Report on vaccination in the Province of Bengal - 1874-1889
Year: 1874
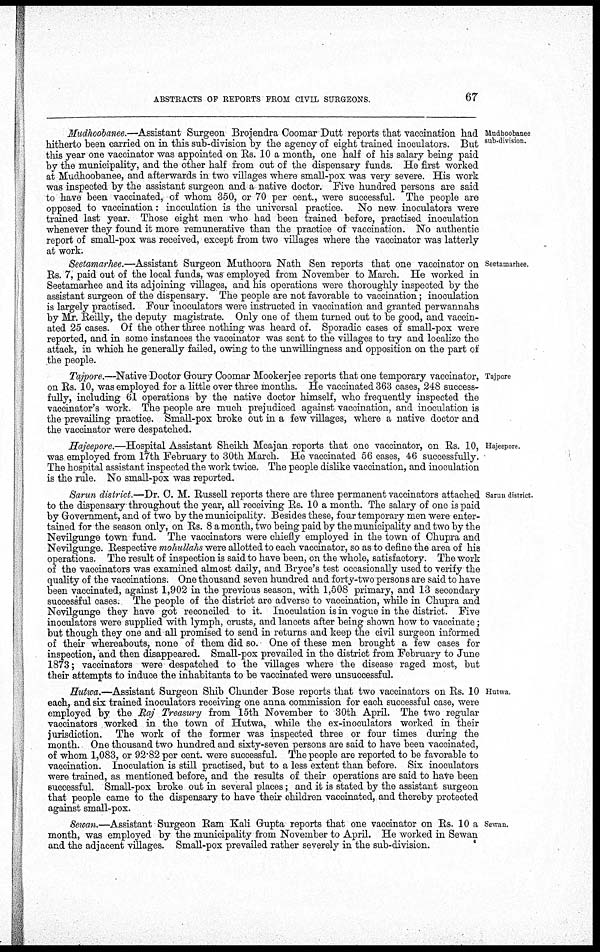
ABSTRACTS OF REPORTS FROM CIVIL SURGEONS.
67
Mudhoobanee
sub-division.
Mudhoobanee.—Assistant Surgeon Brojendra Coomar Dutt reports that vaccination had
hitherto been carried on in this sub-division by the agency of eight trained inoculators. But
this year one vaccinator was appointed on Rs. 10 a month, one half of his salary being paid
by the municipality, and the other half from out of the dispensary funds. He first worked
at Mudhoobanee, and afterwards in two villages where small-pox was very severe. His work
was inspected by the assistant surgeon and a native doctor. Five hundred persons are said
to have been vaccinated, of whom 350, or 70 per cent., were successful. The people are
opposed to vaccination: inoculation is the universal practice. No new inoculators were
trained last year. Those eight men who had been trained before, practised inoculation
whenever they found it more remunerative than the practice of vaccination. No authentic
report of small-pox was received, except from two villages where the vaccinator was latterly
at work.
Seetamarhee.
Seetamarhee.—Assistant Surgeon Muthoora Nath Sen reports that one vaccinator on
Rs. 7, paid out of the local funds, was employed from November to March. He worked in
Seetamarhee and its adjoining villages, and his operations were thoroughly inspected by the
assistant surgeon of the dispensary. The people are not favorable to vaccination; inoculation
is largely practised. Four inoculators were instructed in vaccination and granted perwannahs
by Mr. Reilly, the deputy magistrate. Only one of them turned out to be good, and vaccin-
ated 25 cases. Of the other three nothing was heard of. Sporadic cases of small-pox were
reported, and in some instances the vaccinator was sent to the villages to try and localize the
attack, in which he generally failed, owing to the unwillingness and opposition on the part of
the people.
Tajpore
Tajpore.—Native Doctor Goury Coomar Mookerjee reports that one temporary vaccinator,
on Rs. 10, was employed for a little over three months. He vaccinated 363 cases, 248 success-
fully, including 61 operations by the native doctor himself, who frequently inspected the
vaccinator's work. The people are much prejudiced against vaccination, and inoculation is
the prevailing practice. Small-pox broke out in a few villages, where a native doctor and
the vaccinator were despatched.
Hajeepore.
Hajeepore.—Hospital Assistant Sheikh Meajan reports that one vaccinator, on Rs. 10,
was employed from 17th February to 30th March. He vaccinated 56 cases, 46 successfully.
The hospital assistant inspected the work twice. The people dislike vaccination, and inoculation
is the rule. No small-pox was reported.
Sarun district.
Sarun district.—Dr. C. M. Russell reports there are three permanent vaccinators attached
to the dispensary throughout the year, all receiving Rs. 10 a month. The salary of one is paid
by Government, and of two by the municipality. Besides these, four temporary men were enter-
tained for the season only, on Rs. 8 a month, two being paid by the municipality and two by the
Nevilgunge town fund. The vaccinators were chiefly employed in the town of Chupra and
Nevilgunge. Respective mohullahs were allotted to each vaccinator, so as to define the area of his
operations. The result of inspection is said to have been, on the whole, satisfactory. The work
of the vaccinators was examined almost daily, and Bryce's test occasionally used to verify the
quality of the vaccinations. One thousand seven hundred and forty-two persons are said to have
been vaccinated, against 1,902 in the previous season, with 1,508 primary, and 13 secondary
successful cases. The people of the district are adverse to vaccination, while in Chupra and
Nevilgunge they have got reconciled to it. Inoculation is in vogue in the district. Five
inoculators were supplied with lymph, crusts, and lancets after being shown how to vaccinate;
but though they one and all promised to send in returns and keep the civil surgeon informed
of their whereabouts, none of them did so. One of these men brought a few cases for
inspection, and then disappeared. Small-pox prevailed in the district from February to June
1873; vaccinators were despatched to the villages where the disease raged most, but
their attempts to induce the inhabitants to be vaccinated were unsuccessful.
Hutwa.
Hutwa.—Assistant Surgeon Shib Chunder Bose reports that two vaccinators on Rs. 10
each, and six trained inoculators receiving one anna commission for each successful case, were
employed by the Raj Treasury from 15th November to 30th April. The two regular
vaccinators worked in the town of Hutwa, while the ex-inoculators worked in their
jurisdiction. The work of the former was inspected three or four times during the
month. One thousand two hundred and sixty-seven persons are said to have been vaccinated,
of whom 1,083, or 92.82 per cent. were successful. The people are reported to be favorable to
vaccination. Inoculation is still practised, but to a less extent than before. Six- inoculators
were trained, as mentioned before, and the results of their operations are said to have been
successful. Small-pox broke out in several places; and it is stated by the assistant surgeon
that people came to the dispensary to have their children vaccinated, and thereby protected
against small-pox.
Sewan.
Sewan.—Assistant Surgeon Ram Kali Gupta reports that one vaccinator on Rs. 10 a
month, was employed by the municipality from November to April. He worked in Sewan
and the adjacent villages. Small-pox prevailed rather severely in the sub-division.